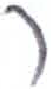
אות: ר